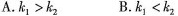
A. $$k _ { 1 } > k _ { 2 }$$ B. $$k_ { 1 } < k _ { 2 }$$